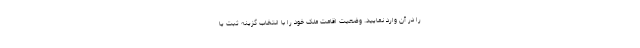
را در آن وارد نمایید. وضعیت اقامت ملک خود را با انتخاب گزینه ثبت یا